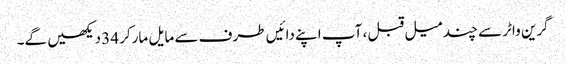
گرین واٹر سے چند میل قبل ، آپ اپنے دائیں طرف سے مایل مارکر 34 دیکھیں گے۔